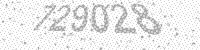
Solution: 729028